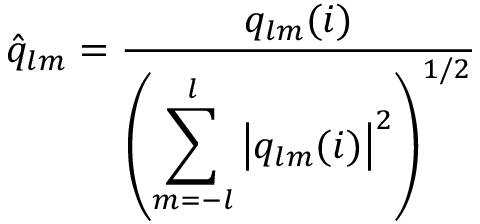
\hat { q } _ { l m } = \frac { q _ { l m } ( i ) } { \left( \displaystyle \sum _ { m = - l } ^ { l } \left| q _ { l m } ( i ) \right| ^ { 2 } \right) ^ { 1 / 2 } }